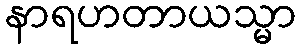
နာရဟတာယသ္မာ